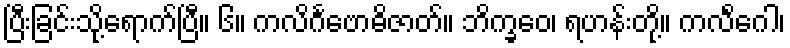
ပြီးခြင်းသို့ရောက်ပြီ။ ၆။ ကလိင်္ဂဗောဓိဇာတ်။ ဘိက္ခဝေ၊ ရဟန်းတို့။ ကလိင်္ဂေါ၊